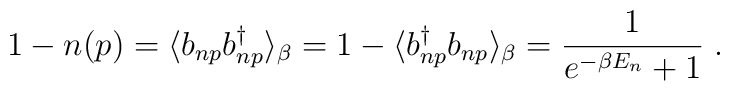
1-n(p)=\langle b_{np} b_{np}^{\dag}\rangle_{\beta}=1- \langle b^{\dag}_{np} b_{np}\rangle_{\beta} =\frac {1} { e^{-\beta E_n}+1} \; .